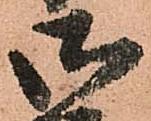
御